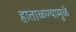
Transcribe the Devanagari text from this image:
हाताळण्यामुळे